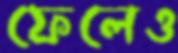
ফেলেও